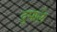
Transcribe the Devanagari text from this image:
दुमाले